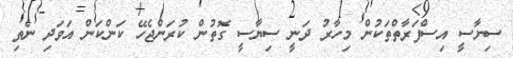
ސިޔާސީ އިސްފަރާތްތަކުން މިހާރު ދަނީ ސިޔާސީ ގޮތުން ކުރަންޖެހޭ ކަންކަން އަވަދި ނެތި